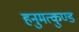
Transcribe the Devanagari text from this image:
हनुमत्कुण्ड